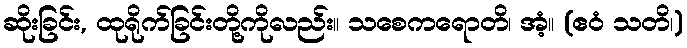
ဆိုးခြင်း, ထုရိုက်ခြင်းတို့ကိုလည်း။ သစေကရောတိ၊ အံ့။ (ဧဝံ သတိ၊)